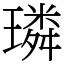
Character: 璘